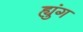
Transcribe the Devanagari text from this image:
ह्युंग